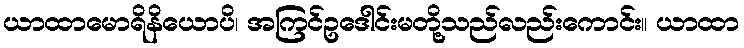
ယာထာမောရိနိယောပိ၊ အကြင်ဥဒေါင်းမတို့သည်လည်းကောင်း။ ယာထာ